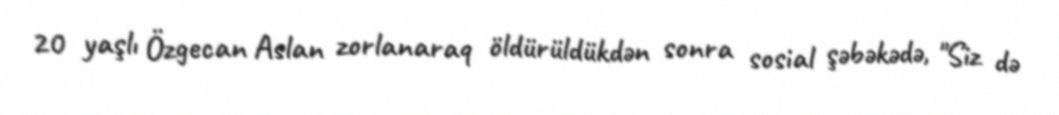
20 yaşlı Özgecan Aslan zorlanaraq öldürüldükdən sonra sosial şəbəkədə, "Siz də